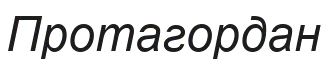
Протагордан